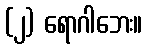
(၂) ရောဂါဘေး။